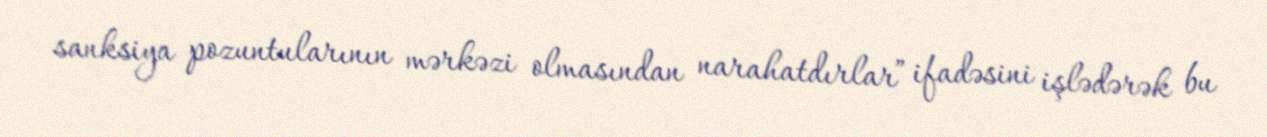
sanksiya pozuntularının mərkəzi olmasından narahatdırlar” ifadəsini işlədərək bu